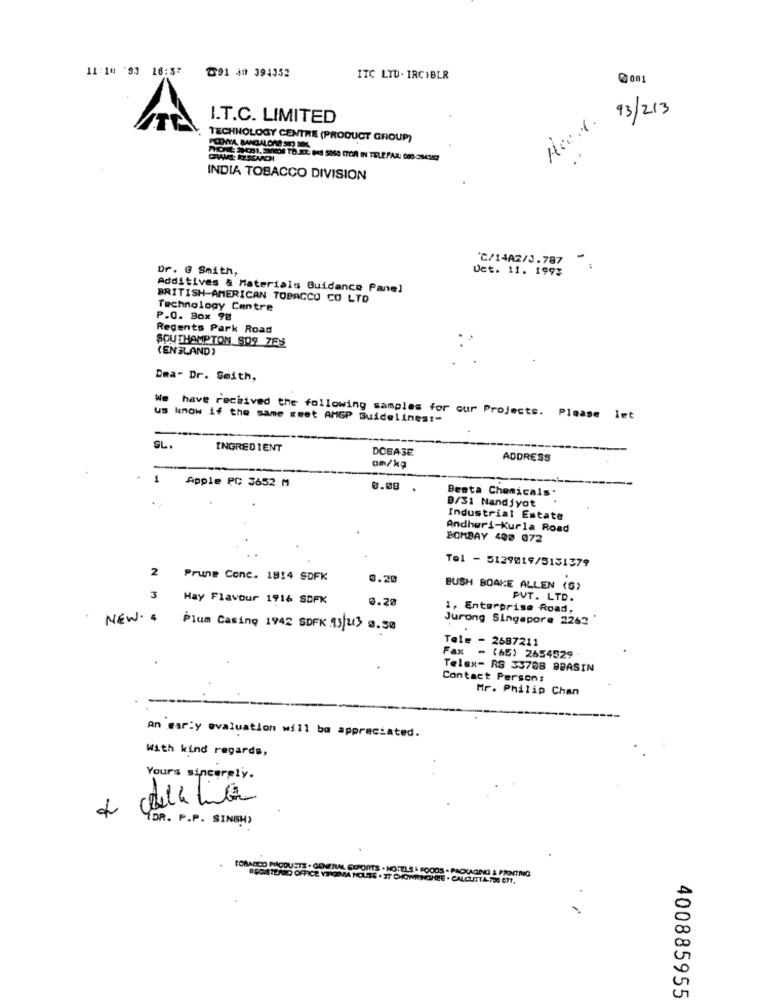
11:14 '93 26:57
℃91 Jn 394352
ITC LTD. IRCIBLR
Hoe.t. 93/213
I.T.C. LIMITED
TECHNOLOGY CENTRE (PRODUCT GROUP)
INDIA TOBACCO DIVISION
"℃/14A2/J.787 "
Dr. G Smith,
Uct. 11. 1993
Additives & Materials Guidance Panel
BRITISH-AMERICAN TOBACCO CO LTD
Technology Centre
P.O. Box 98
Regents Park Road
SOUTHAMPTON 909 ZES
(ENGLAND)
Dma- Dr. Smith,
We have received the following samples for our Projects. Please let
us know if the same smet AMGP Guidelines :-
SL
INGREDIENT
DOSASE
ADDRESS
-
on/kg
Apple PC 3652 M
0.00
Beata Chemicals.
B/31 Nandjyot
Industrial Estate
Andheri-Kurla Road
BOMBAY 409 072
Tel - 5129019/5151379
2
Prune Conc. 1814 SDFK
0.20
BUSH BOAKE ALLEN (S)
3
Hay Flavour 1916 SDFK
0.20
PVT. LTD.
1, Enterprise Road,
Jurong Singapore 2262
NEW. . Plum Casing 1942 SDFK 95/2.3 0.50
Tele - 2687211
Fax - (65) 2654529
Telex- RS 33708 BBASIN
Contact Person:
Mr. Philip Chan
an early evaluation will be appreciated.
With kind regards,
Yours sincerely.
(DR. P.P. SINGH>
TORACICO PIACDUETS . GENERAL SIERONITS . HOTELS & FOODS . PACKAGINGI & PRINTING
PEGATEND OFFICE VIRGEMMA HOUTS . 37 CHOWRINGHEE . CALCUTTA TOO ETT,
400885955